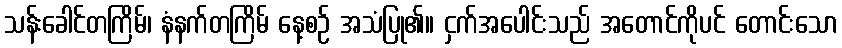
သန်းခေါင်တကြိမ်၊ နံနက်တကြိမ် နေ့စဉ် အသံပြု၏။ ငှက်အပေါင်းသည် အတောင်ကိုပင် တောင်းသော